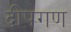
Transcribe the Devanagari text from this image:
द्वीपगण